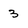
Character: 3